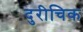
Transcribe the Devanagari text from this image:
दुरीचिक